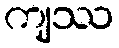
ကျဿ